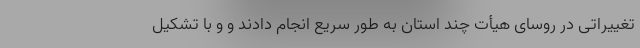
تغییراتی در روسای هیأت چند استان به طور سریع انجام دادند و و با تشکیل